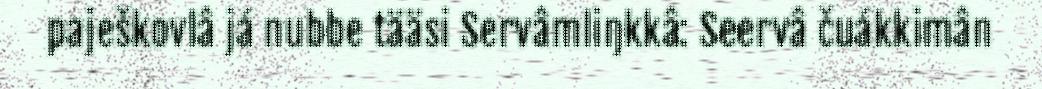
paješkovlâ já nubbe tääsi Servâmliŋkkâ: Seervâ čuákkimân